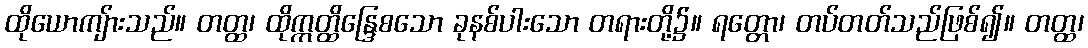
ထိုယောကျ်ားသည်။ တတ္ထ၊ ထိုဣတ္ထိန္ဒြေစသော ခုနစ်ပါးသော တရားတို့၌။ ရတ္တော၊ တပ်တတ်သည်ဖြစ်၍။ တတ္ထ၊